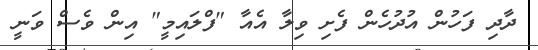
ދާދި ފަހުން އުދުހެން ފެށި ވިލާ އެއާ "ފްލައިމީ" އިން ވެސް ވަނީ